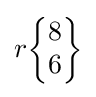
r{\begin{Bmatrix}8\\6\end{Bmatrix}}